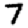
Digit: 7